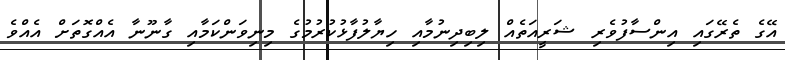
އޭގެ ތެރޭގައި އިންސާފުވެރި ޝަރީއަތެއް ލިބިދިނުމާއި ހިޔާލުފާޅުކުރުމުގެ މިނިވަންކަމާއި ގާނޫނާ އެއްގޮތަށް އެއްވެ